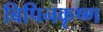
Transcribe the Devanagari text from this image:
बिपिनकृष्ण